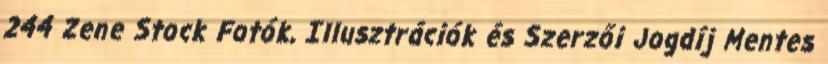
244 Zene Stock Fotók, Illusztrációk és Szerzői Jogdíj Mentes